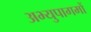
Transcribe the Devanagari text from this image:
अभ्युपागमों